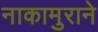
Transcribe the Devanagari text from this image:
नाकामुराने